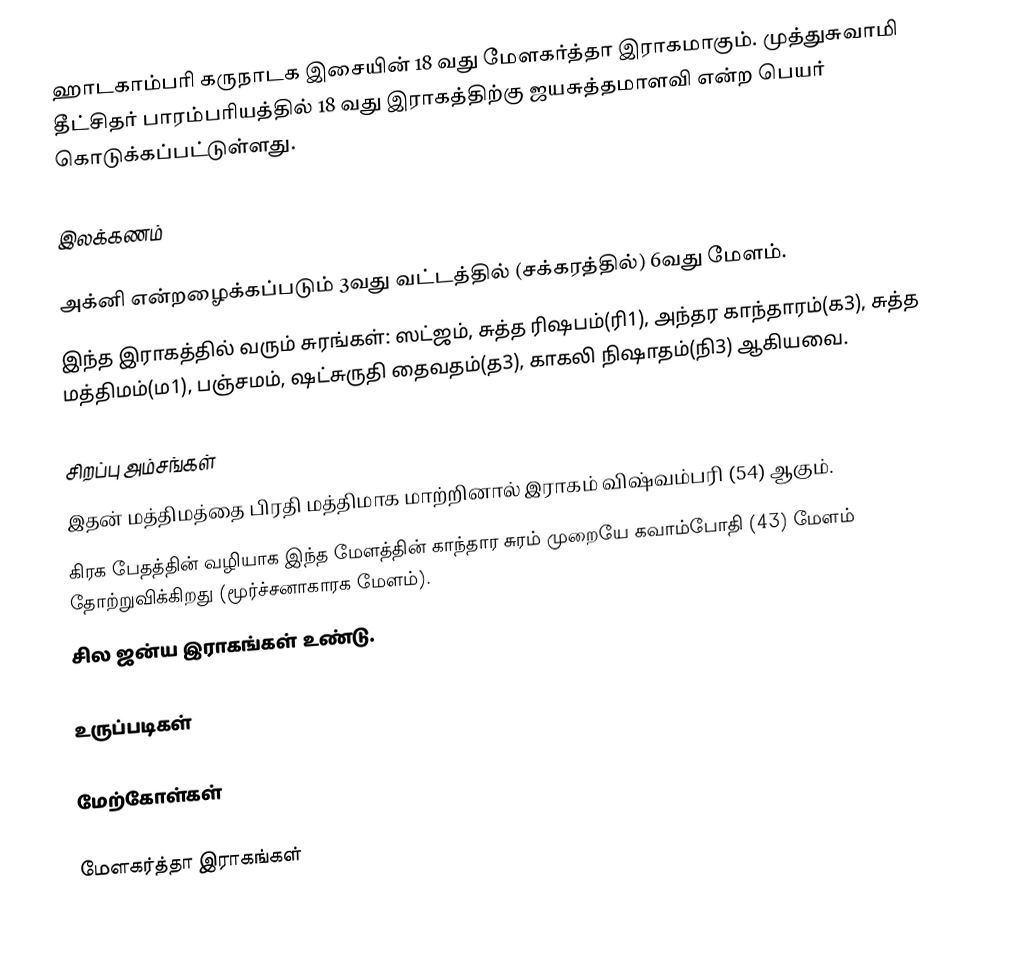
ஹாடகாம்பரி கருநாடக இசையின் 18 வது மேளகர்த்தா இராகமாகும். முத்துசுவாமி தீட்சிதர் பாரம்பரியத்தில் 18 வது இராகத்திற்கு ஜயசுத்தமாளவி என்ற பெயர் கொடுக்கப்பட்டுள்ளது.

இலக்கணம்

 அக்னி என்றழைக்கப்படும் 3வது  வட்டத்தில் (சக்கரத்தில்) 6வது மேளம்.
 இந்த இராகத்தில் வரும் சுரங்கள்: ஸட்ஜம், சுத்த ரிஷபம்(ரி1), அந்தர காந்தாரம்(க3), சுத்த மத்திமம்(ம1), பஞ்சமம், ஷட்சுருதி தைவதம்(த3), காகலி நிஷாதம்(நி3) ஆகியவை.

சிறப்பு அம்சங்கள்
 இதன் மத்திமத்தை பிரதி மத்திமாக மாற்றினால் இராகம் விஷ்வம்பரி (54) ஆகும்.
 கிரக பேதத்தின் வழியாக இந்த மேளத்தின் காந்தார சுரம் முறையே கவாம்போதி (43) மேளம் தோற்றுவிக்கிறது (மூர்ச்சனாகாரக மேளம்).
 சில ஜன்ய இராகங்கள் உண்டு.

உருப்படிகள்

மேற்கோள்கள்

மேளகர்த்தா இராகங்கள்